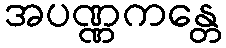
အပဏ္ဏကန္တေ